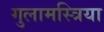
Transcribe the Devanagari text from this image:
गुलामस्त्रिया